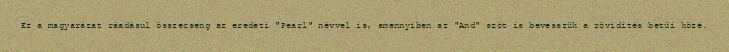
Ez a magyarázat ráadásul összecseng az eredeti "Pearl" névvel is, amennyiben az "And" szót is bevesszük a rövidítés betűi közé.